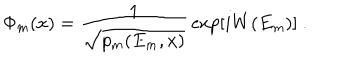
\Phi _ { m } ( x ) = { \frac { 1 } { \sqrt { p _ { m } ( E _ { m } , x ) } } } \exp [ i W ( E _ { m } ) ] \ .